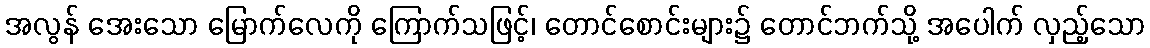
အလွန် အေးသော မြောက်လေကို ကြောက်သဖြင့်၊ တောင်စောင်းများ၌ တောင်ဘက်သို့ အပေါက် လှည့်သော